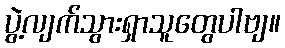
ပွဲ့လျက်သွားရှာသူတွေပါဗျ။